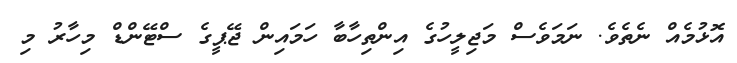
އޮޅުމެއް ނެތެވެ. ނަމަވެސް މަޖިލީހުގެ އިންތިހާބާ ހަމައިން ޖޭޕީގެ ސްޓޭންޑް މިހާރު މި